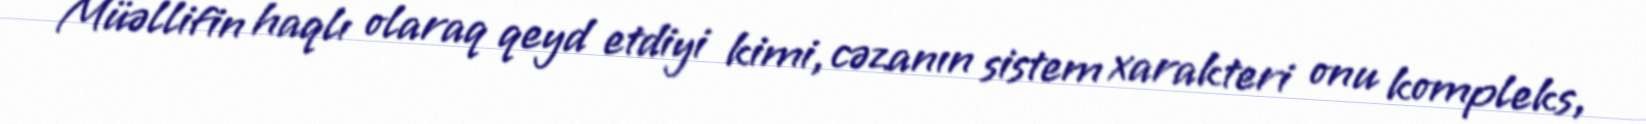
Müəllifin haqlı olaraq qeyd etdiyi kimi, cəzanın sistem xarakteri onu kompleks,